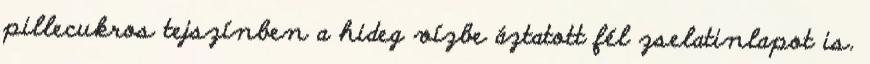
pillecukros tejszínben a hideg vízbe áztatott fél zselatinlapot is.